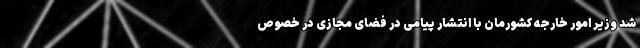
شد وزیر امور خارجه کشورمان با انتشار پیامی در فضای مجازی در خصوص